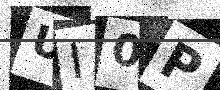
Text: UI0P